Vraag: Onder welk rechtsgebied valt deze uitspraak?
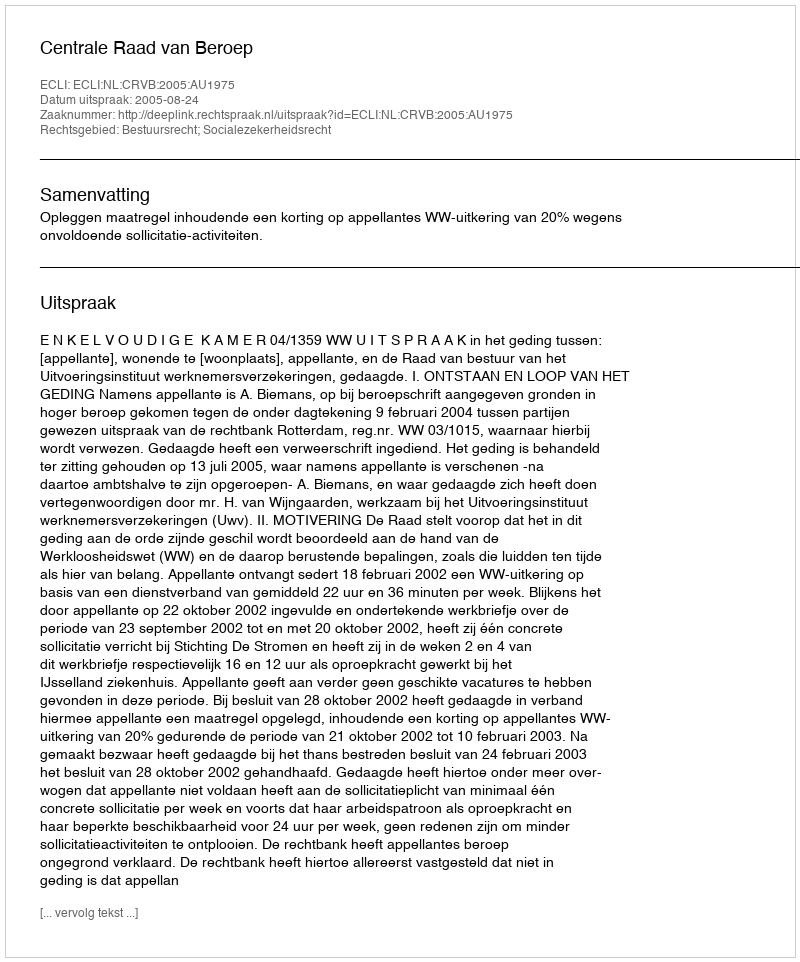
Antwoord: Bestuursrecht; Socialezekerheidsrecht